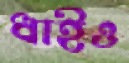
ধাইও